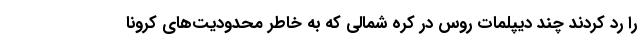
را رد کردند چند دیپلمات روس در کره شمالی که به خاطر محدودیت‌های کرونا